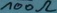
Text: 100Ω